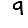
Digit: 9